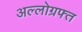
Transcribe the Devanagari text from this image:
अल्लोग्रफ्त